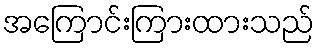
အကြောင်းကြားထားသည်